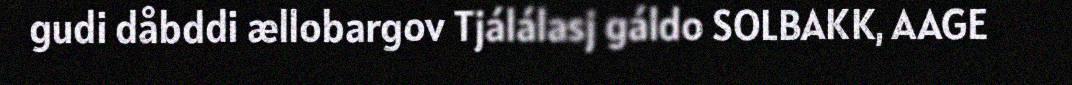
gudi dåbddi ællobargov Tjálálasj gáldo SOLBAKK, AAGE